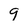
Character: 9